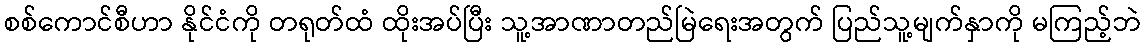
စစ်ကောင်စီဟာ နိုင်ငံကို တရုတ်ထံ ထိုးအပ်ပြီး သူ့အာဏာတည်မြဲရေးအတွက် ပြည်သူ့မျက်နှာကို မကြည့်ဘဲ